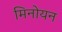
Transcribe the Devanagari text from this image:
मिनोयन